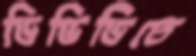
ডিভিডিতে